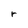
Character: r